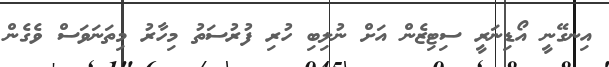
އިނގޭނީ އޯޑިނަރީ ސިޓިޒެން އަށް ނުލިބި ހުރި ފުރުސަތު މިހާރު މިތަނަވަސް ވެގެން